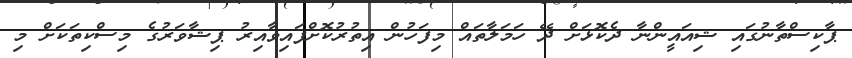
ޕާކިސްތާނުގައި ޝިއައީންނާ ދެކޮޅަށް ދޭ ހަމަލާތައް މިފަހުން އިތުރުކޮށްފައިވާއިރު ޕިޝާވަރުގެ މިސްކިތަކަށް މި